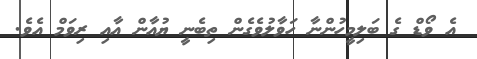
އެ ވޯޑް ގެ ބަލިމީހުންނާ ހަވާލުވެގެން ތިބެނީ ޔުއާން އާއި ރިވަމް އެވެ.